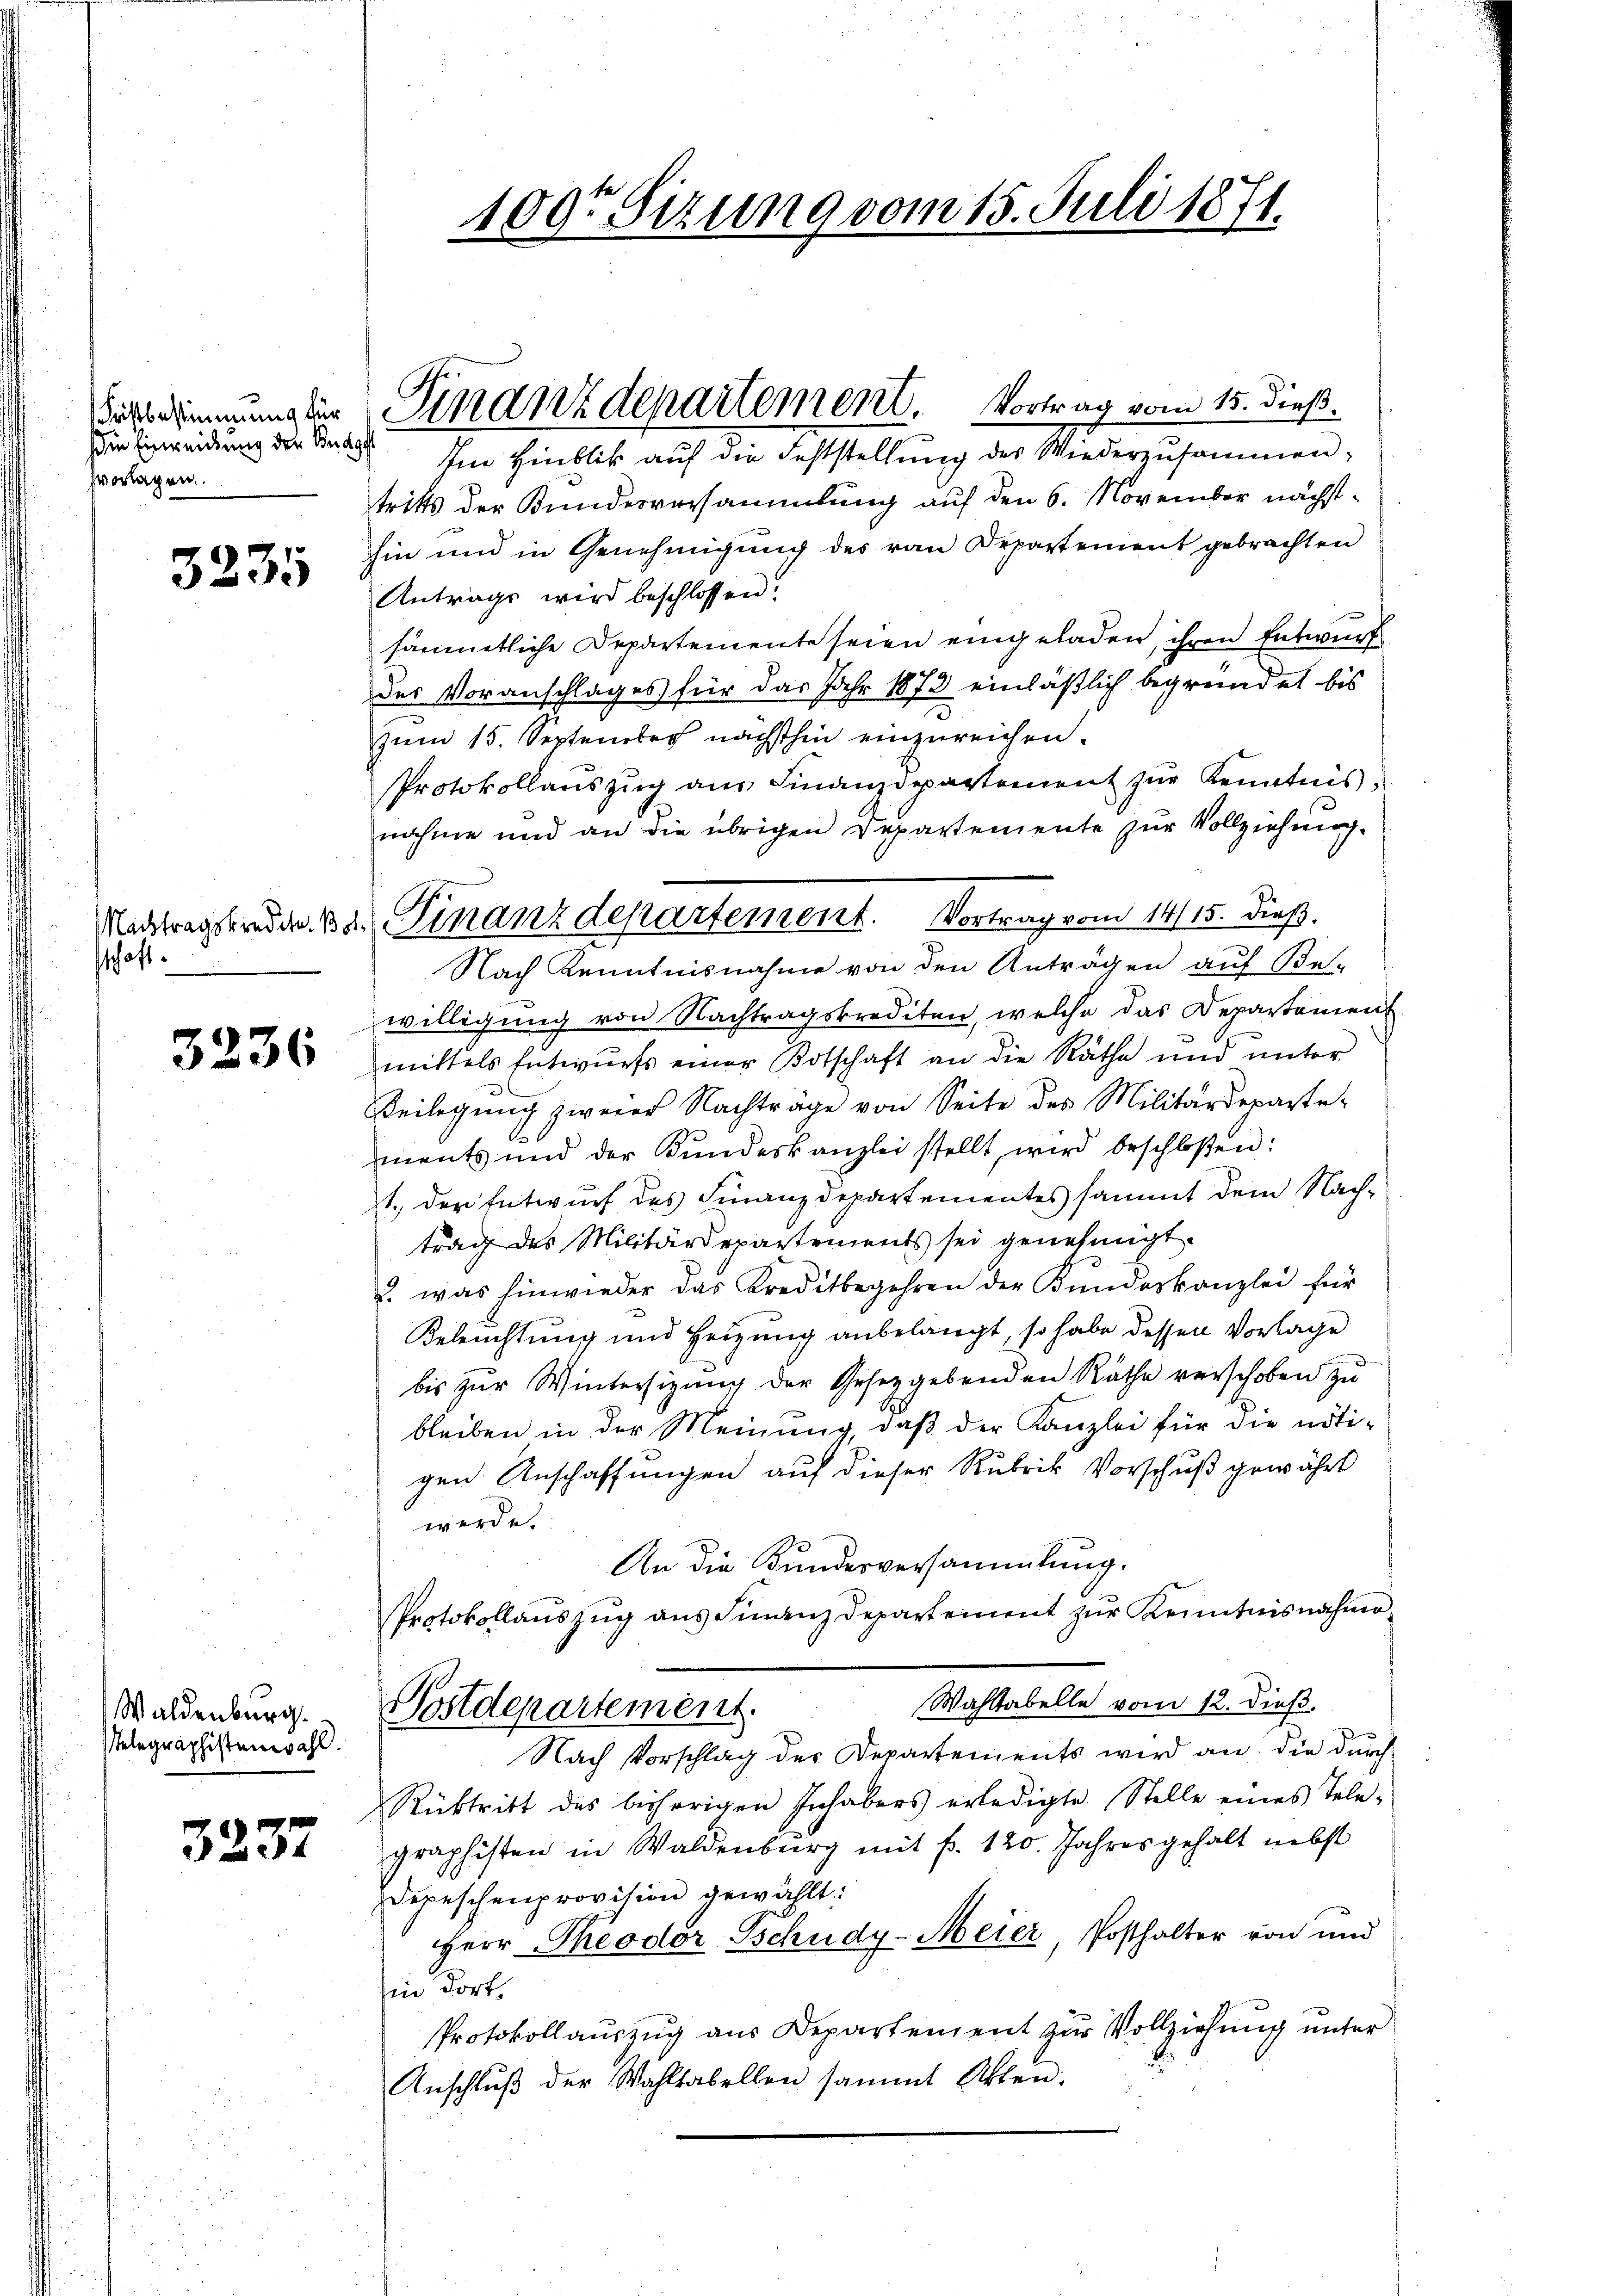
Fristbestimmung für
die Einreichung der Budge
hvorlagen.

3235

schaft.

3236

Waldenburg.
Telegraphistenwahl.

3237

d

100te Sitzung vom 15. Juli 1871.

Finanzdepartement. Vortrag vom 15. dieß.

Machtragsreden 12. Finanzdepartement. Vortrag vom 14/15. dieß.
Nach Kenntnisnahme von den Anträgen auf Betr

Im Hinblick auf die Feststellung des Wiederzusammen,
tritts der Bundesversammlung auf den 6. November nächsthin und in Genehmigung des von Departement gebrachten
Antrags wird beschlossen?
sämmtliche Departemente seien eingeladen, ihren Entwurf
des Voranschlages für das Jahr 1873 einläßlich begründet bis
zum 15. September nächsthin einzureichen.
Protokollanszŭg aŭs Finanzdepartement zŭr Kenntnis,
nahme und an die übrigen Departemente zur Vollziehung.
willigung von Nachtragskrediten, welche das Departement
mittels Entwurfs einer Botschaft an die Räthe und unter
Beilegung zweier Nachträge von Seite des Militärdepartements und der Kundeskanzlei stellt, wird beschloßen:
1. Der Entwurf des Finanzdepartementes sammt dem Nachtrag des Militärdepartements sei genehmigt.
. was hinwieder das Kreditbegehren der Kundeskanzlei für
Beleuchtung und Heizung anbelangt, so habe dessen Vorlage
bis zur Wintersizung der Gesetzgebenden Räthe verschoben zu
bleiben in der Meinung, daß der Kanzlei für die nötigen Anschaffungen auf dieser Rubrik Vorschuß gewährt
werde.
An die Kundesversammlung.
Protokollaŭszŭg ans Finanzdepartement zŭr Kenntnisnahmen-
Wahltabelle vom 12. dieß.
Postdepartement.
Nach Vorschlag der Departements wird an die durch
Rüktritt des bisherigen Inhabers erledigte. Stelle eines Tele-
graphisten in Waldenbŭrg mit f. 120. Jahres gehalt nebst
Depeschenprovision gewählt:
Herr Theodor Schudy-Meier Posthalter von und
in dort.
Protokollauszug aus Departement zur Vollziehung unter
Anschluß der Wahltabellen sammt Akten.